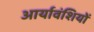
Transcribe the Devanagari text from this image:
आर्यावंशियों